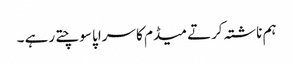
ہم ناشتہ کرتے میڈم کا سراپا سوچتے رہے ۔